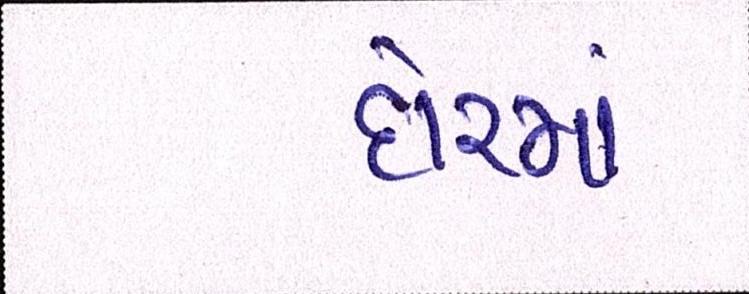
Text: દોરમાં